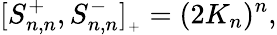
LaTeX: [S_{n,n}^{+},S_{n,n}^{-}]_{{}_{+}}=(2K_{n})^{n},